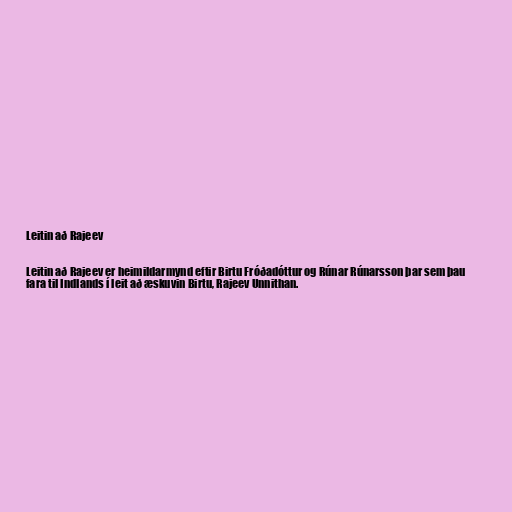
Leitin að Rajeev

Leitin að Rajeev er heimildarmynd eftir Birtu Fróðadóttur og Rúnar Rúnarsson þar sem þau
fara til Indlands í leit að æskuvin Birtu, Rajeev Unnithan.